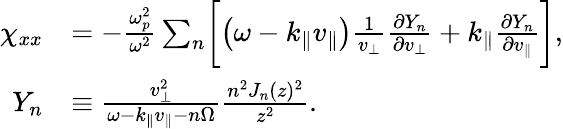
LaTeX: \begin{array}{rl}{\chi_{xx}}&{=-\frac{\omega_{p}^{2}}{\omega^{2}}\sum_{n}\biggl[\left(\omega-k_{\parallel}v_{\parallel}\right)\frac{1}{v_{\perp}}\frac{\partial Y_{n}}{\partial v_{\perp}}+k_{\parallel}\frac{\partial Y_{n}}{\partial v_{\parallel}}\biggr],}\\ {Y_{n}}&{\equiv\frac{v_{\perp}^{2}}{\omega-k_{\parallel}v_{\parallel}-n\Omega}\frac{n^{2}J_{n}(z)^{2}}{z^{2}}.}\end{array}